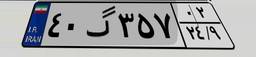
۴۰گ۳۵۷۰۲